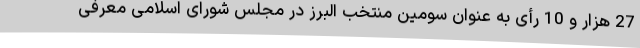
27 هزار و 10 رأی به عنوان سومین منتخب البرز در مجلس شورای اسلامی معرفی